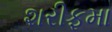
શરીફમા